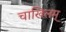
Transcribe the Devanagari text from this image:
चाखिलम्